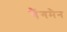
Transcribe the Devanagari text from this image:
गैंगमैन